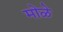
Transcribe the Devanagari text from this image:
मोळे